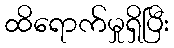
ထိရောက်မှုရှိပြီး